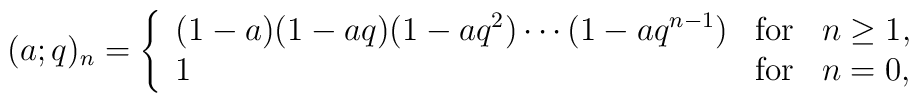
(a;q)_n=\left\{ \begin{array}{lll} (1-a)(1-aq)(1-aq^2)\cdots(1-aq^{n-1})& \mbox{for} & n \ge 1, \\ 1 & \mbox{for} & n=0, \end{array}\right.